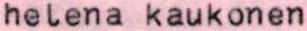
helena kaukonen